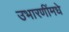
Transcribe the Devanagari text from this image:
उभारणींमधे